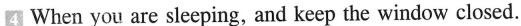
4 When you are sleeping, and keep the window closed.